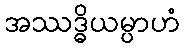
အဿဒ္ဓိယမ္ပာဟံ